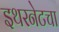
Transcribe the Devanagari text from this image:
इथरनेटचा